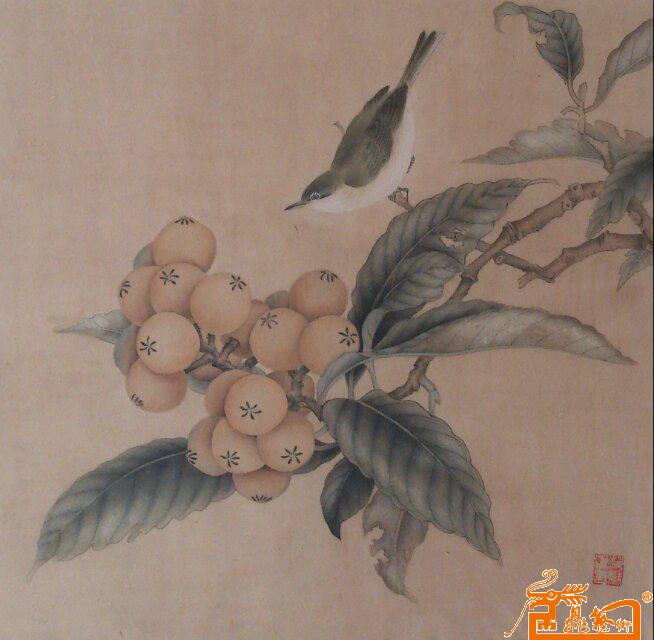
先拂商弦后角羽，四郊秋叶惊摵摵。